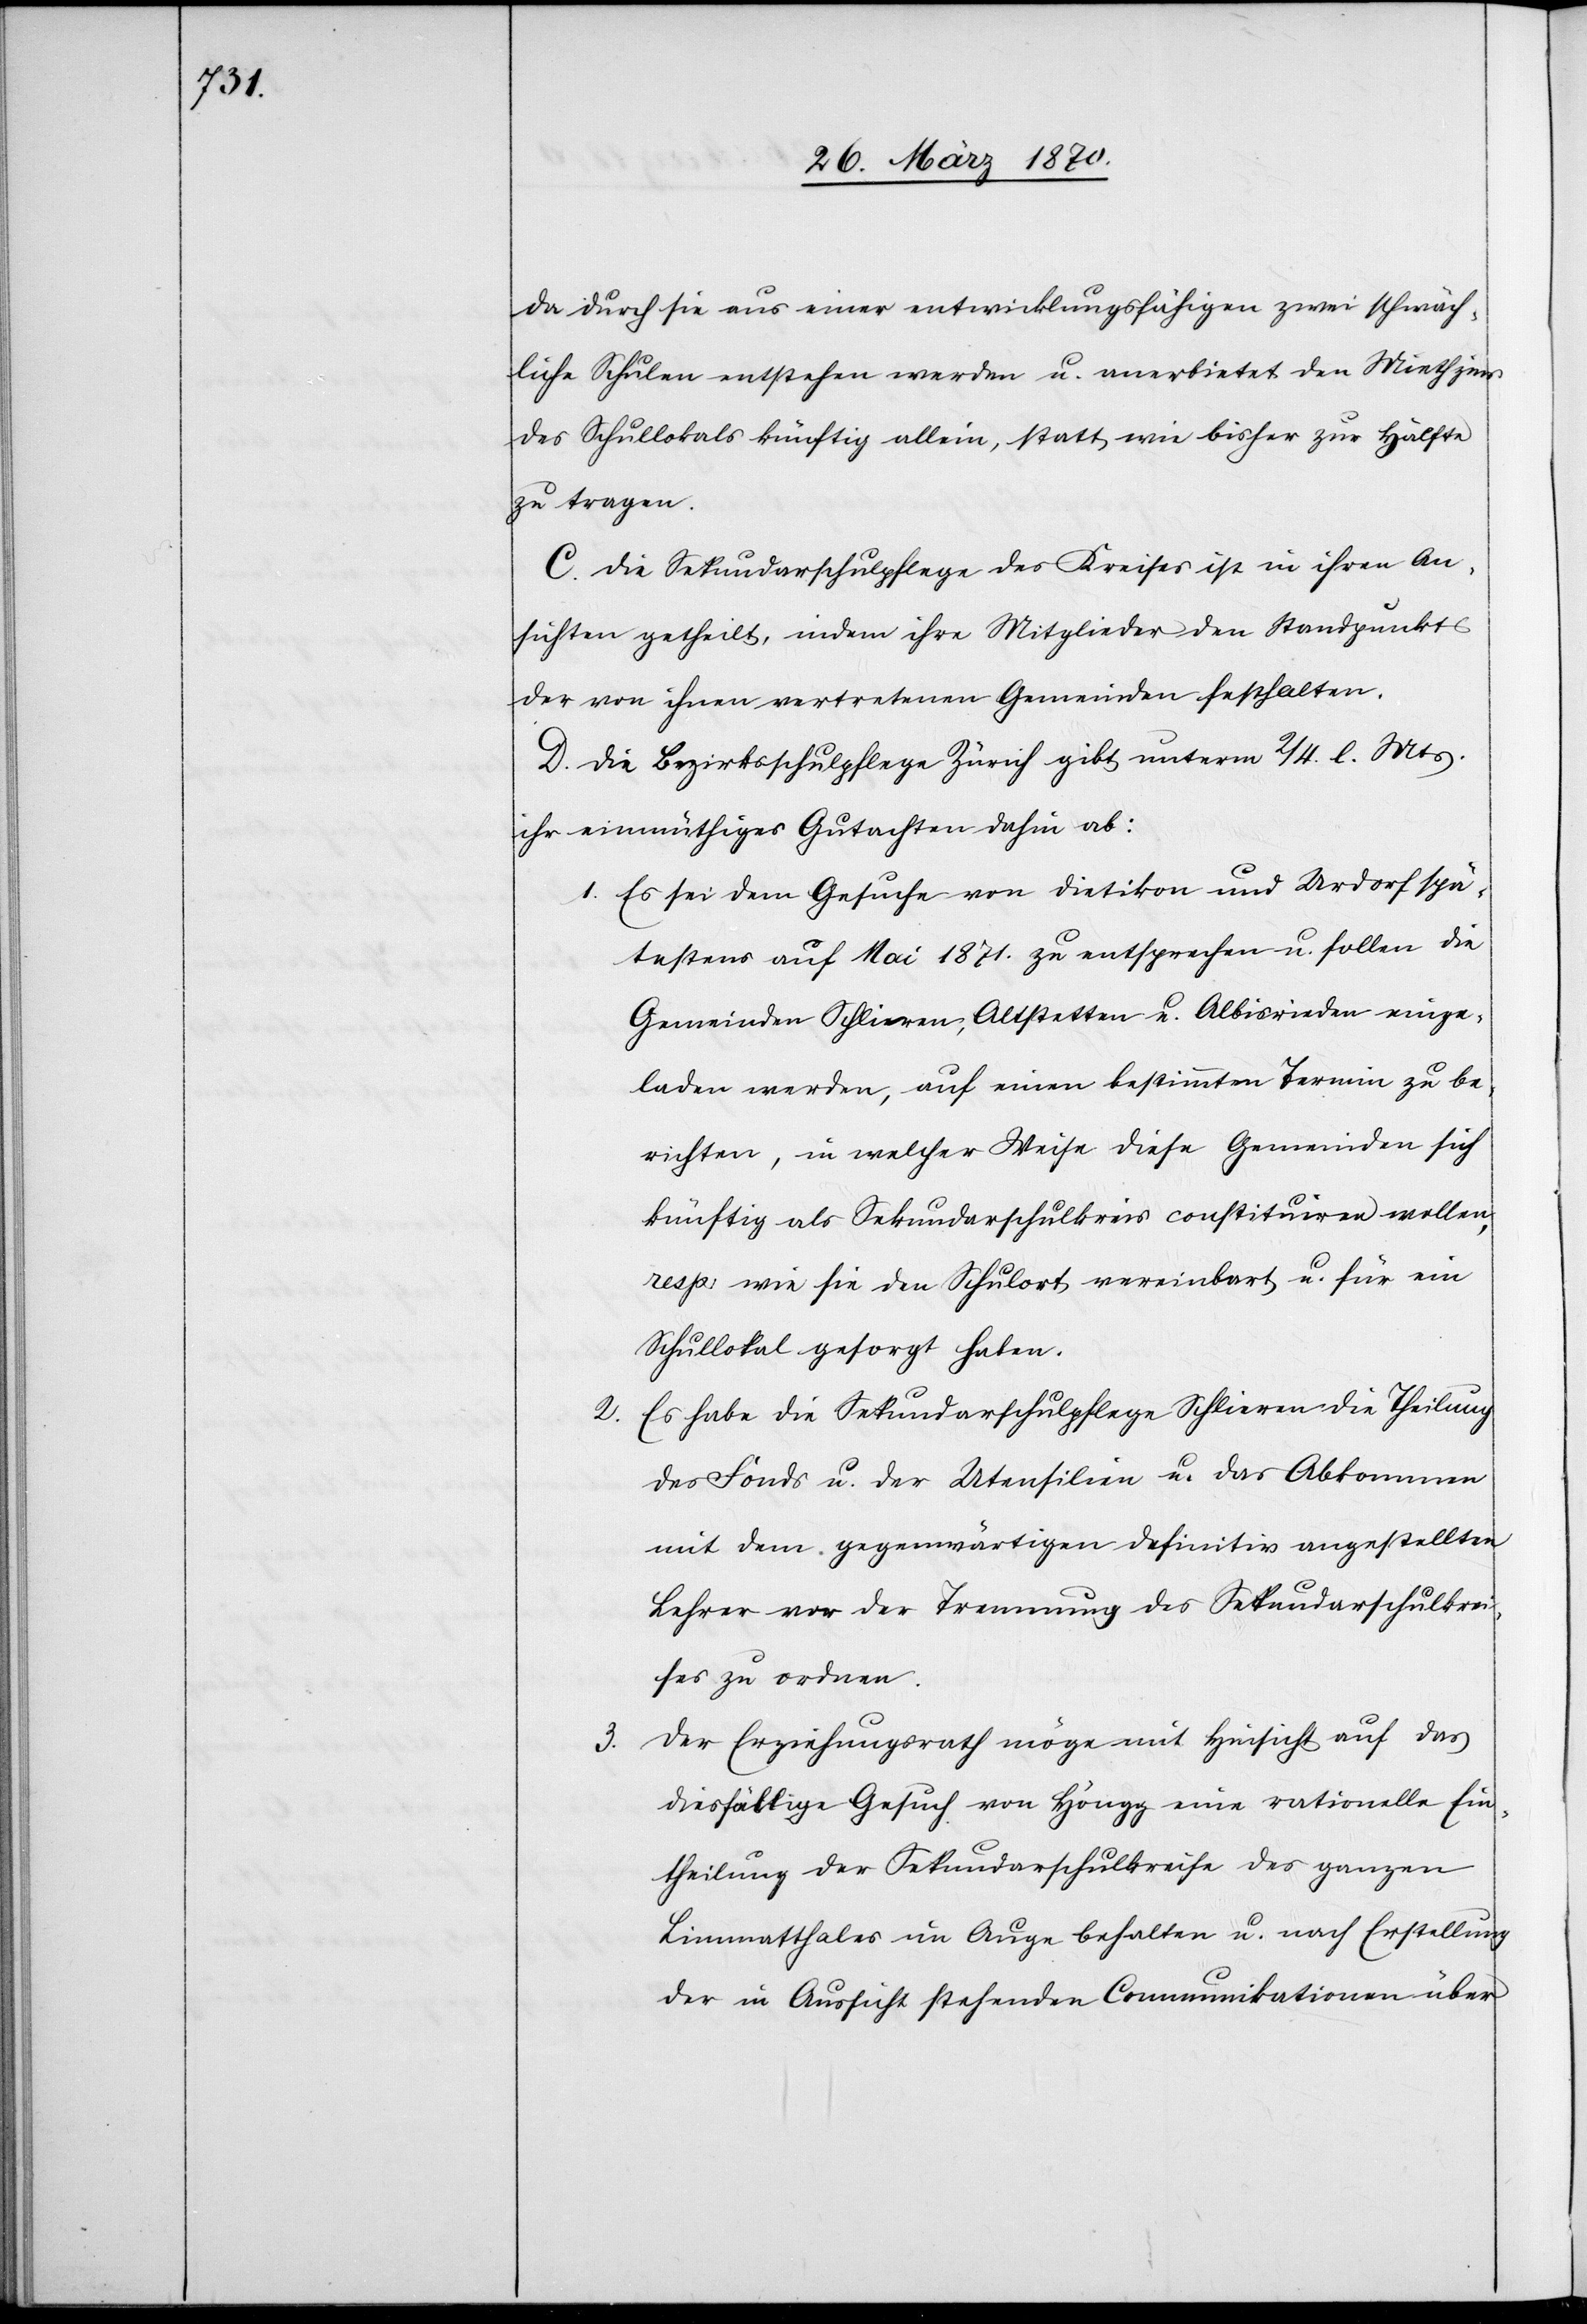
da durch sie aus einer entwicklungsfähigen zwei schwäch¬
liche entstehen werden u. anerbietet den Miethzins
des Schullokals künftig allein, statt wie bisher zur Hälfte
zu tragen.
C. Die Sekundarschulpflege des Kreises ist in ihren An¬
sichten getheilt, indem ihre Mitglieder den Standpunkt
der von ihnen vertretenen Gemeinden festhalten.
D. Die Bezirksschulpflege Zürich gibt unterm 2/4. l. Mts.
ihr einmüthiges Gutachten ab:
1. Es sei dem Gesuche von Dietikon und Urdorf spä¬
testens auf Mai 1871. zu entsprechen u. sollen die
Gemeinden Schlieren, Altstetten u. Albisrieden einge¬
laden werden, auf einen bestimmten Termin zu be¬
richten, in welcher Weise diese Gemeinden sich
künftig als Sekundarschulkreis constituiren wollen,
resp: wie sie den Schulort vereinbart u. für ein
Schullokal gesorgt haben.
Es habe die Sekundarschulpflege Schlieren die Theilung
3.
des Fonds u. der Utensilien u. das Abkommen
mit dem gegenwärtigen definitiv angestellten
Lehrer vor der Trennung des Sekundarschulkrei¬
ses zu ordnen.
Der Erziehungsrath möge mit Hinsicht auf das
diesfällige Gesuch von Höngg eine rationelle Ein¬
theilung der Sekundarschulkreise des ganzen
Limmatthales im Auge behalten u. nach Erstellung
der in Aussicht stehenden Communikationen über